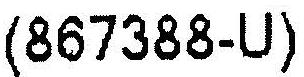
(867388-U)